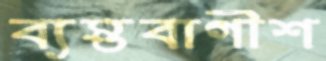
ব্যস্তবাগীশ